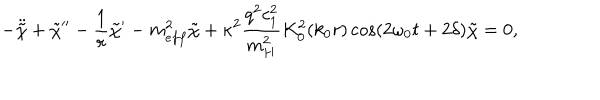
LaTeX: - \ddot { \tilde { \chi } } + \tilde { \chi } ^ { \prime \prime } - \frac { 1 } { r } \tilde { \chi } ^ { \prime } - m _ { e f f } ^ { 2 } \tilde { \chi } + \kappa ^ { 2 } \frac { q ^ { 2 } c _ { 1 } ^ { 2 } } { m _ { H } ^ { 2 } } K _ { 0 } ^ { 2 } ( k _ { 0 } r ) \cos ( 2 \omega _ { 0 } t + 2 \delta ) \tilde { \chi } = 0 ,